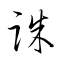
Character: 誅